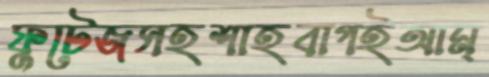
ফুটেজসহশাহবাগইআম্